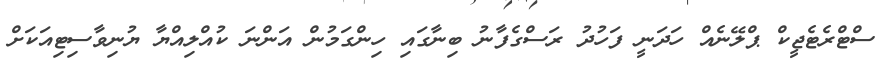
ސްޓްރެޓެޖީކް ޕްލޭނެއް ހަދަނީ ފަހުދު ރަސްގެފާނު ބިނާގައި ހިންގަމުން އަންނަ ކުއްލިއްޔާ ޔުނިވާސިޓިއަކަށް